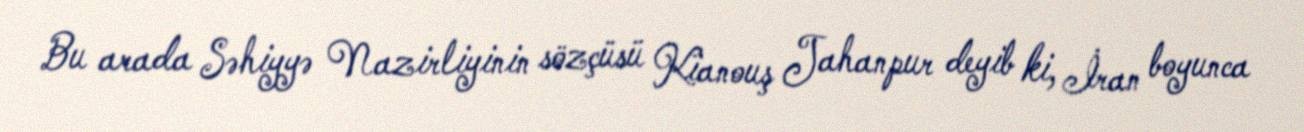
Bu arada Səhiyyə Nazirliyinin sözçüsü Kianouş Jahanpur deyib ki, İran boyunca